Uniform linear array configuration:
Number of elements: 12
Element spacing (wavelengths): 1
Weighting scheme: binomial
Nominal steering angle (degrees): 0
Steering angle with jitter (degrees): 0.5839
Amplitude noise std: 0.05
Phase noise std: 0.05

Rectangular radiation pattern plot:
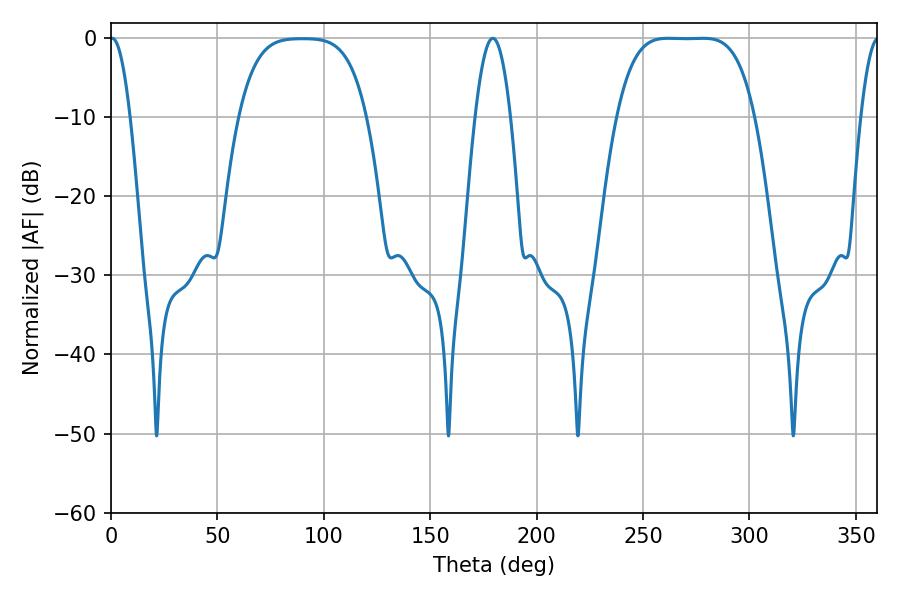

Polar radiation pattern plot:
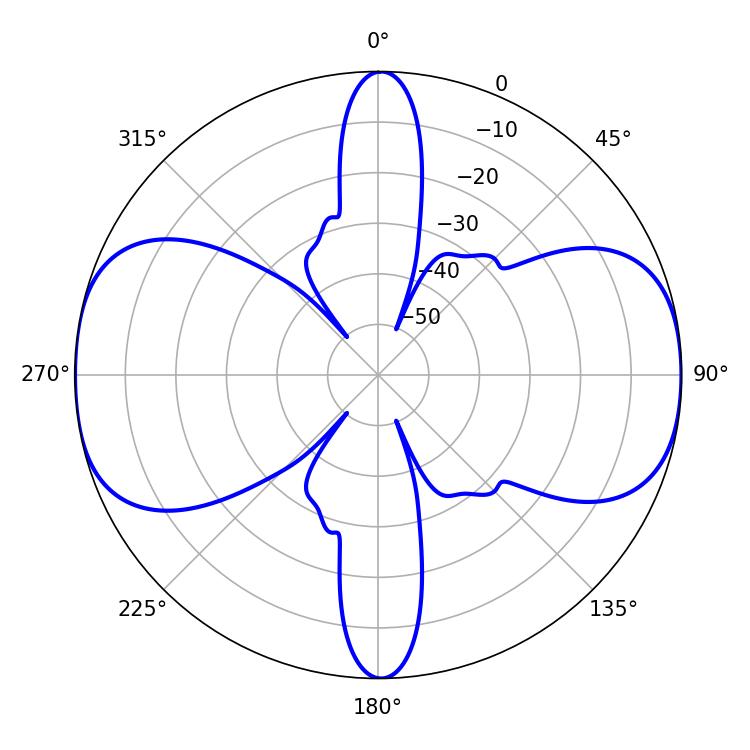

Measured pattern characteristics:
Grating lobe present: TRUE
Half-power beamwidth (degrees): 48.96
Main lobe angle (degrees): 261.72